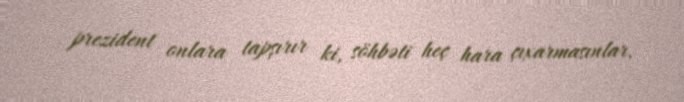
prezident onlara tapşırır ki, söhbəti heç hara çıxarmasınlar.